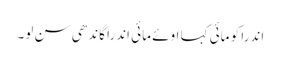
اندرا کو مائی کہا اوئے مائی اندرا گاندھی سن لو۔